Annual statistical returns and brief notes on vaccination in Bengal - 1896-1909
Year: 1896
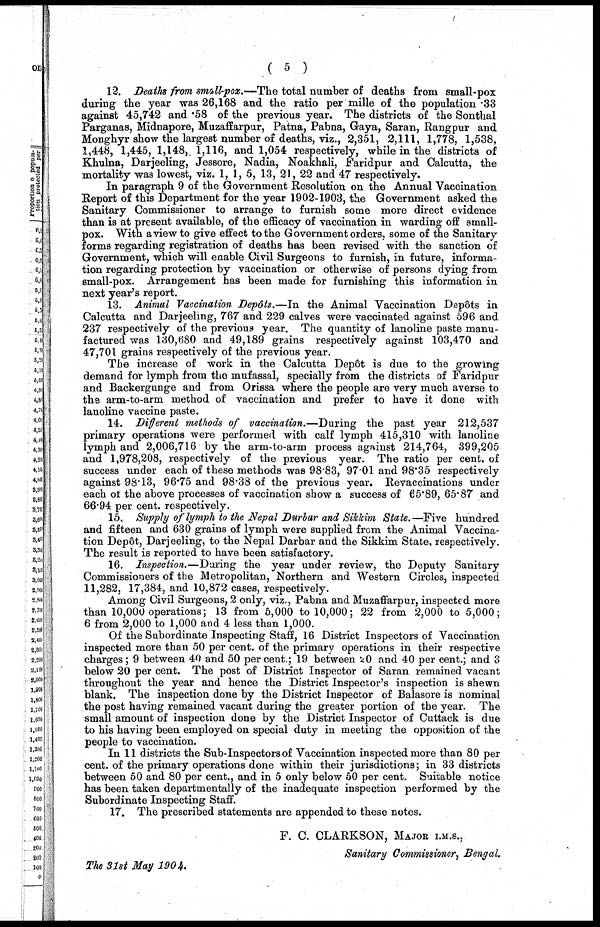
( 5 )
12. Deaths from small-pox.—The total number of deaths from small-pox
during the year was 26,168 and the ratio per mille of the population .33
against 45,742 and .58 of the previous year. The districts of the Sonthal
Parganas, Midnapore, Muzaffarpur, Patna, Pabna, Gaya, Saran, Rangpur and
Monghyr show the largest number of deaths, viz., 2,351, 2,111, 1,778, 1,538,
1,448, 1,445, 1,148, 1,116, and 1,054 respectively, while in the districts of
Khulna, Darjeeling, Jessore, Nadia, Noakhali, Faridpur and Calcutta, the
mortality was lowest, viz. 1, 1, 5, 13, 21, 22 and 47 respectively.
In paragraph 9 of the Government Resolution on the Annual Vaccination
Report of this Department for the year 1902-1903, the Government asked the
Sanitary Commissioner to arrange to furnish some more direct evidence
than is at present available, of the efficacy of vaccination in warding off small-
pox. With a view to give effect to the Government orders, some of the Sanitary
forms regarding registration of deaths has been revised with the sanction of
Government, which will enable Civil Surgeons to furnish, in future, informa-
tion regarding protection by vaccination or otherwise of persons dying from
small-pox. Arrangement has been made for furnishing this information in
next year's report.
13. Animal Vaccination Depôts.—In the Animal Vaccination Depôts in
Calcutta and Darjeeling, 767 and 229 calves were vaccinated against 596 and
237 respectively of the previous year. The quantity of lanoline paste manu-
factured was 130,680 and 49,189 grains respectively against 103,470 and
47,701 grains respectively of the previous year.
The increase of work in the Calcutta Depôt is due to the growing
demand for lymph from the mufassal, specially from the districts of Faridpur
and Backergunge and from Orissa where the people are very much averse to
the arm-to-arm method of vaccination and prefer to have it done with
lanoline vaccine paste.
14. Different methods of vaccination.—During the past year 212,537
primary operations were performed with calf lymph 415,310 with lanoline
lymph and 2,006,716 by the arm-to-arm process against 214,764, 399,205
and 1,978,208, respectively of the previous year. The ratio per cent. of
success under each of these methods was 98.83, 97.01 and 98.35 respectively
against 98.13, 96.75 and 98.38 of the previous year. Revaccinations under
each of the above processes of vaccination show a success of 65.89, 65.87 and
66.94 per cent. respectively.
15. Supply of lymph to the Nepal Durbar and Sikkim State.—Five hundred
and fifteen and 630 grains of lymph were supplied from the Animal Vaccina-
tion Depôt, Darjeeling, to the Nepal Darbar and the Sikkim State, respectively.
The result is reported to have been satisfactory.
16. Inspection.—During the year under review, the Deputy Sanitary
Commissioners of the Metropolitan, Northern and Western Circles, inspected
11,282, 17,384, and 10,872 cases, respectively.
Among Civil Surgeons, 2 only, viz., Pabna and Muzaffarpur, inspected more
than 10,000 operations; 13 from 5,000 to 10,000; 22 from 2,000 to 5,000;
6 from 2,000 to 1,000 and 4 less than 1,000.
Of the Subordinate Inspecting Staff, 16 District Inspectors of Vaccination
inspected more than 50 per cent. of the primary operations in their respective
charges; 9 between 40 and 50 per cent.; 19 between 20 and 40 per cent.; and 3
below 20 per cent. The post of District Inspector of Saran remained vacant
throughout the year and hence the District Inspector's inspection is shewn
blank. The inspection done by the District Inspector of Balasore is nominal
the post having remained vacant during the greater portion of the year. The
small amount of inspection done by the District Inspector of Cuttack is due
to his having been employed on special duty in meeting the opposition of the
people to vaccination.
In 11 districts the Sub-Inspectors of Vaccination inspected more than 80 per
cent. of the primary operations done within their jurisdictions; in 33 districts
between 50 and 80 per cent., and in 5 only below 50 per cent. Suitable notice
has been taken departmentally of the inadequate inspection performed by the
Subordinate Inspecting Staff.
17. The prescribed statements are appended to these notes.
F. C. CLARKSON, MAJOR I.M.S.,
Sanitary Commissioner, Bengal.
The 31st May 1904.